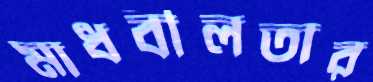
মাধবীলতার